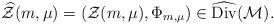
LaTeX: \begin{align*}\widehat{\mathcal{Z}}(m,\mu) = (\mathcal{Z}(m,\mu), \Phi_{m,\mu}) \in \widehat{\mathrm{Div}}(\mathcal{M}).\end{align*}